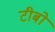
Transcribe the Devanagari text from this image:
टीबो